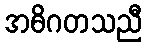
အဓိဂတသညီ